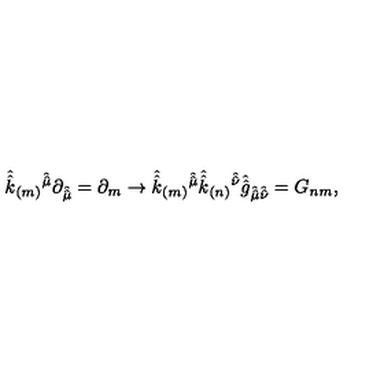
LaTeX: \hat { \hat { k } } _ { ( m ) } { } ^ { \hat { \hat { \mu } } } \partial _ { \hat { \hat { \mu } } } = \partial _ { m } \rightarrow \hat { \hat { k } } _ { ( m ) } { } ^ { \hat { \hat { \mu } } } \hat { \hat { k } } _ { ( n ) } { } ^ { \hat { \hat { \nu } } } \hat { \hat { g } } _ { \hat { \hat { \mu } } \hat { \hat { \nu } } } = G _ { n m } ,